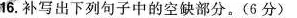
16.补写出下列句子中的空缺部分。(6分)